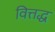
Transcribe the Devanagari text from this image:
वित्तद्ध